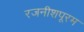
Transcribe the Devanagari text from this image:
रजनीशपूरम